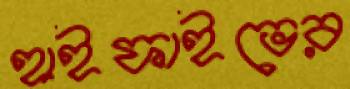
হাইফাইভের